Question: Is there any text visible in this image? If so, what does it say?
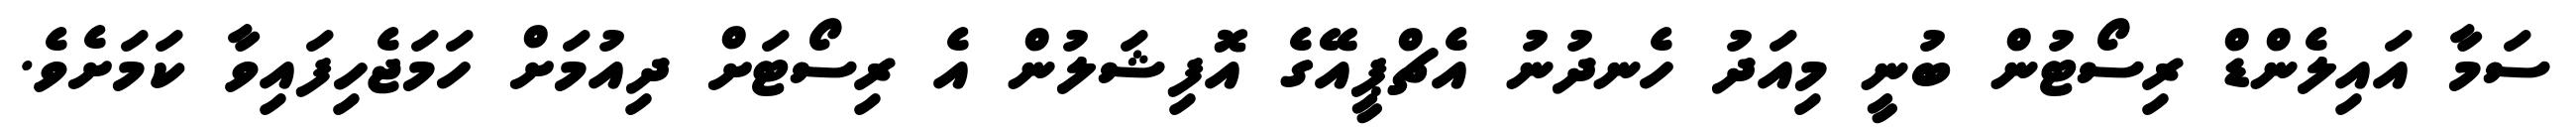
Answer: ސަމާ އައިލެންޑް ރިސޯޓުން ބުނީ މިއަދު ހެނދުނު އެޗްޕީއޭގެ އޮފިޝަލުން އެ ރިސޯޓަށް ދިއުމަށް ހަމަޖެހިފައިވާ ކަމަށެވެ.